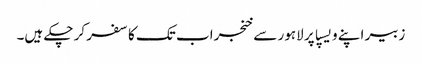
زبیر اپنے ویسپا پر لاہور سے خنجراب تک کا سفر کر چکے ہیں۔